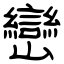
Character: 巒